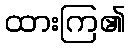
ထားကြ၏